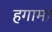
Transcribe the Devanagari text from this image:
हगामा